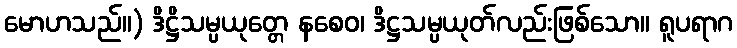
မောဟသည်။) ဒိဋ္ဌိသမ္ပယုတ္တေ နစေဝ၊ ဒိဋ္ဌသမ္ပယုတ်လည်းဖြစ်သော။ ရူပရာဂ